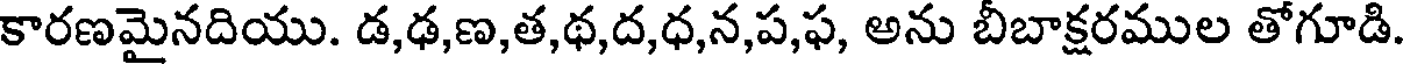
కారణమైనదియు. డ,ఢ,ణ,త,థ,ద,ధ,న,ప,ఫ, అను బీబాక్షరముల తోగూడి